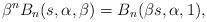
LaTeX: \begin{align*} \beta^n B_n(s, \alpha, \beta) &= B_n( \beta s, \alpha, 1), \end{align*}